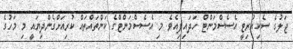
ޖަލުގެ ސެކިއުރިޓީ އެސެސްމަންޓް ހަދައިފިއެވެ. މި އެސެސްމަންޓްގެ ކަންތައްތައް ކުރިއަށްގެންދިޔައީ މި މަހުގެ